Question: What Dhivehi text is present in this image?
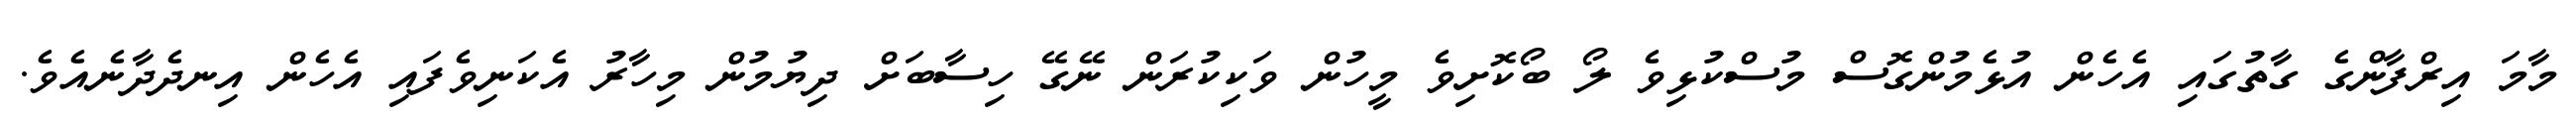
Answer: މާމަ އިރްފާންގެ ގާތުގައި އެހެން އުޅެމުންގޮސް މުސްކުޅިވެ ލޯ ބޯކޮށިވެ މީހުން ވަކިކުރަން ނޭގޭ ހިސާބަށް ދިޔުމުން މިހާރު އެކަނިވެފައި އެހެން އިނދެދާނެއެވެ.